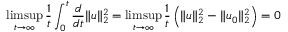
\operatorname* { l i m s u p } _ { t \to \infty } \frac { 1 } { t } \int _ { 0 } ^ { t } \frac { d } { d t } \| u \| _ { 2 } ^ { 2 } = \operatorname* { l i m s u p } _ { t \to \infty } \frac { 1 } { t } \left( \| u \| _ { 2 } ^ { 2 } - \| u _ { 0 } \| _ { 2 } ^ { 2 } \right) = 0